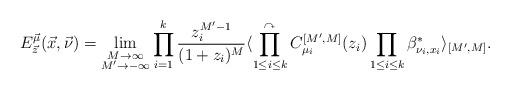
LaTeX: \begin{align*}E_{\vec{z}}^{\vec{\mu}}(\vec{x}, \vec{\nu})=\lim_{\begin{subarray}{c} M \to \infty \\ M' \to -\infty \end{subarray}}\prod_{i=1}^{k}\frac{z_{i}^{M'-1}}{(1+z_{i})^{M}} \langle \prod_{1\le i \le k}^{\curvearrowright}C_{\mu_{i}}^{[M', M]}(z_{i})\prod_{1\le i \le k}\beta_{\nu_{i}, x_{i}}^{*}\rangle_{[M', M]}. \end{align*}